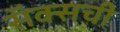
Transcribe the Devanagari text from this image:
सॅक्सची